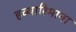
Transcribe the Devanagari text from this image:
हब्‍यारिमाना